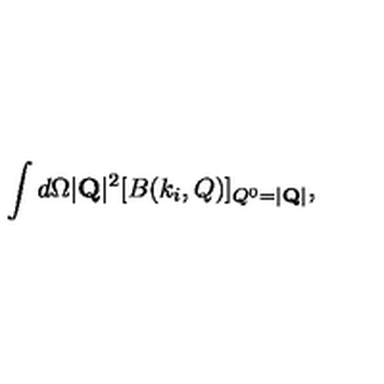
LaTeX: \int d \Omega | { \bf Q } | ^ { 2 } [ B ( k _ { i } , Q ) ] _ { Q ^ { 0 } = | { \bf Q } | } ,